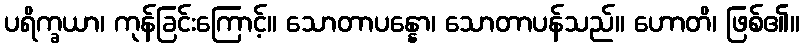
ပရိက္ခယာ၊ ကုန်ခြင်းကြောင့်။ သောတာပန္နော၊ သောတာပန်သည်။ ဟောတိ၊ ဖြစ်၏။